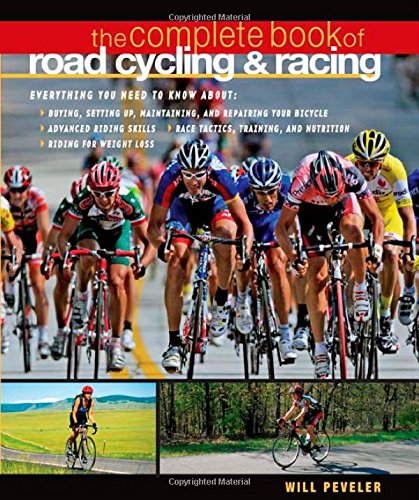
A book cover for The Complete Book of Road Cycling & Racing; Willard Peveler; Sports & Outdoors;